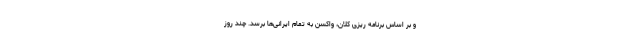
و بر اساس برنامه ریزی کلان، واکسن به تمام ایرانی‌ها برسد. چند روز